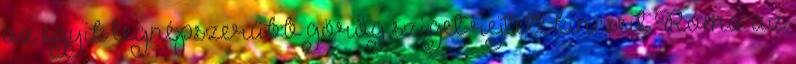
az egyik legnépszerűbb görög sziget rejtett kincseit Róma az